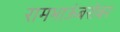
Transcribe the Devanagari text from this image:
रामभाऊंबरोबर